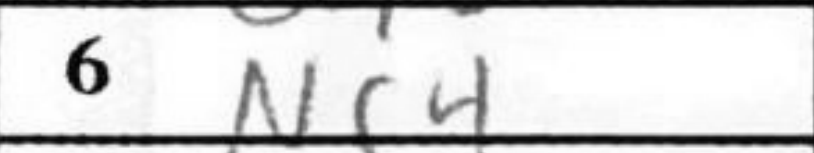
Transcription: Nc4